Leaving Certificate Examination, 1912
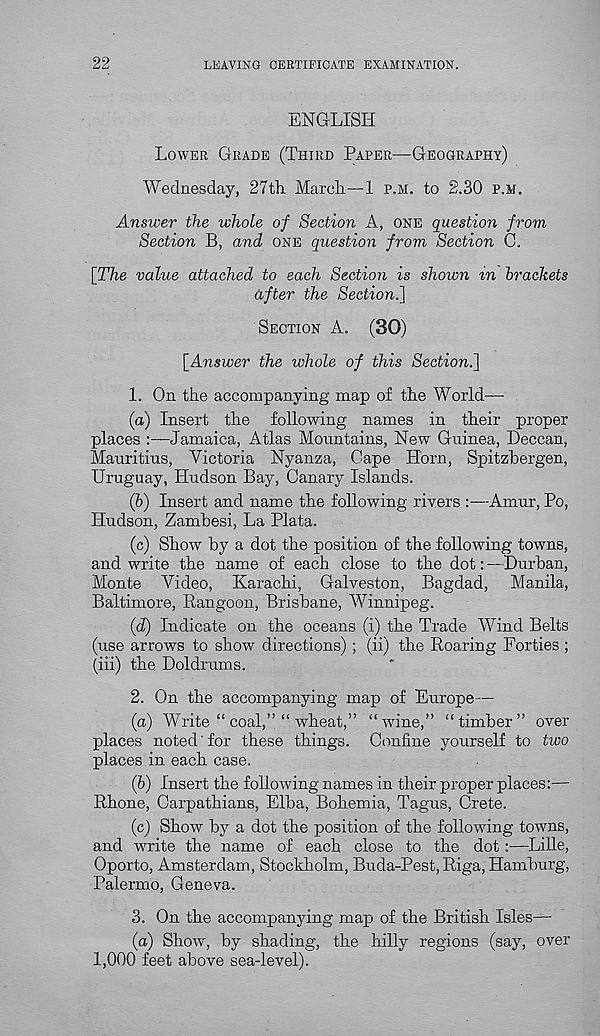
22
LEAVING CERTIFICATE EXAMINATION.
ENGLISH
LOWER GRADE (THIRD PAPER—GEOGRAPHY)
Wednesday, 27th. March—1 P.M. to 2.30 P.M.
Answer the whole of Section A, ONE question from
Section B, and ONE question from Section C.
[The value attached to each Section is shown in brackets
after the Section.]
SECTION A. (30)
[Answer the whole of this Section.]
1. On the accompanying map of the World—-
(а) Insert the following names in their proper
places :—Jamaica, Atlas Mountains, New Guinea, Deccan,
Mauritius, Victoria Nyanza, Cape Horn, Spitzbergen,
Uruguay, Hudson Bay, Canary Islands.
(б) Insert and name the following rivers :—Amur, Po,
Hudson, Zambesi, La Plata.
(c) Show by a dot the position of the following towns,
and write the name of each close to the dot: —Durban,
Monte Video, Karachi, Galveston, Bagdad, Manila,
Baltimore, Rangoon, Brisbane, Winnipeg.
(J) Indicate on the oceans (i) the Trade Wind Belts
(use arrows to show directions) ; (ii) the Roaring Forties ;
(iii) the Doldrums.
2. On the accompanying map of Europe—
(a) Write “ coal,” “ wheat,” “wine,” “timber” over
places noted' for these things. Confine yourself to two
places in each case.
(fe) Insert the following names in their proper places:—
Rhone, Carpathians, Elba, Bohemia, Tagus, Crete.
(c) Show by a dot the position of the foUowing towns,
and write the name of each close to the dot :—Lille,
Oporto, Amsterdam, Stockholm, Buda-Pest, Riga, Hamburg,
Palermo, Geneva.
3. On the accompanying map of the British Isles—
(a) Show, by shading, the hilly regions (say, over
1,000 feet above sea-level).